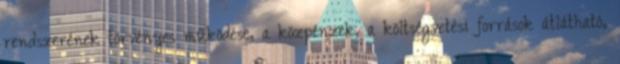
rendszerének törvényes működése, a közpénzek, a költségvetési források átlátható,